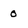
Character: o